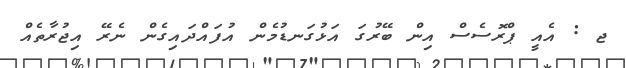
ޖ : އެއީ ޕްރޮސެސް އިން ބޭރުގަ އަޅުގަނޑުމެން އުފައްދައިގެން ނެރޭ އިޖުރާތެއް